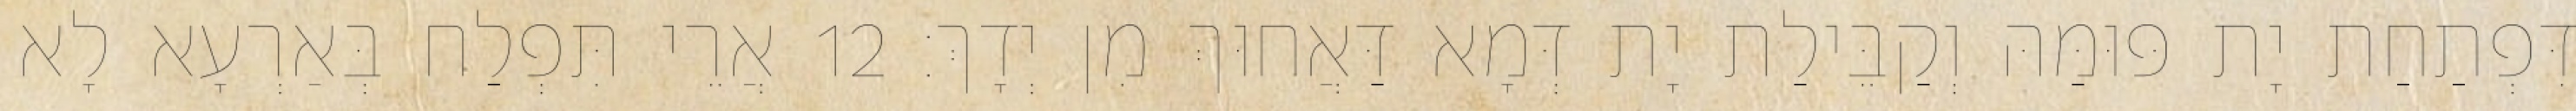
דִּפְתַחַת יָת פּוּמַּהּ וְקַבֵּילַת יָת דְּמָא דַּאֲחוּךְ מִן יְדָךְ׃ 12 אֲרֵי תִּפְלַח בְּאַרְעָא לָא